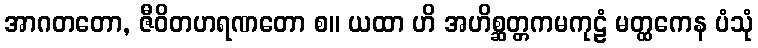
အာဂတတော, ဇီဝိတဟရဏတော စ။ ယထာ ဟိ အဟိစ္ဆတ္တကမကုဠံ မတ္ထကေန ပံသုံ